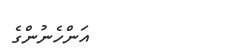
އަންހެނުންގެ